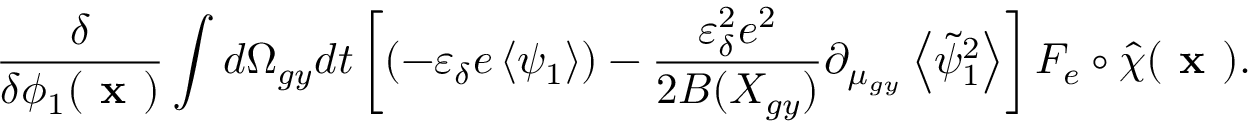
\frac { \delta } { \delta \phi _ { 1 } ( \textbf { x } ) } \int d \Omega _ { g y } d t \left[ ( - \varepsilon _ { \delta } e \left\langle \psi _ { 1 } \right\rangle ) - \frac { \varepsilon _ { \delta } ^ { 2 } e ^ { 2 } } { 2 B ( X _ { g y } ) } \partial _ { \mu _ { g y } } \left\langle \tilde { \psi } _ { 1 } ^ { 2 } \right\rangle \right] F _ { e } \circ \hat { \chi } ( \textbf { x } ) .